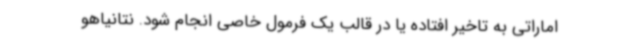
اماراتی به تاخیر افتاده یا در قالب یک فرمول خاصی انجام شود. نتانیاهو